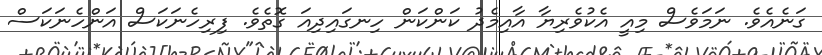
ގަނެއެވެ. ނަމަވެސް މިއީ އެކުވެރިޔާ އާއިމެދު ކަންކަން ހިނގައިދިއަ ގޮތެވެ. ފިރިހެނަކަސް އަންހެނަކަސް